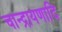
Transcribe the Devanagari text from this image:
चान्द्रायणादि